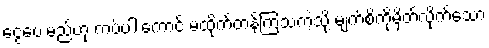
ငွေပေးမည်ဟု ကပ်ပါးကောင် မထိုက်တန်ကြသကဲ့သို့ မျက်စိကိုမှိတ်လိုက်သော